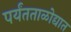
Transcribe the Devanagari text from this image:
पर्यंतताळोद्यात